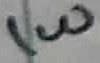
Text: 1W